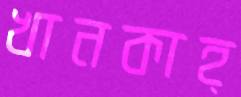
খানকাহ্